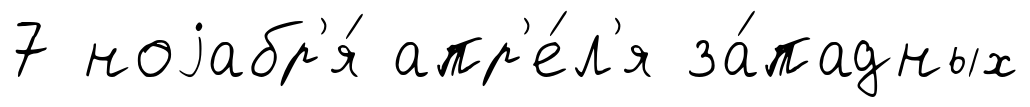
7 ноjабр'я́ апр'е́л'я за́падных